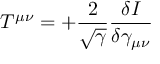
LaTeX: T ^ { \mu \nu } = + \frac { 2 } { \sqrt { \gamma } } \frac { \delta I } { \delta \gamma _ { \mu \nu } }